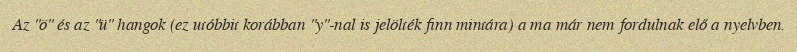
Az "ö" és az "ü" hangok (ez utóbbit korábban "y"-nal is jelölték finn mintára) a ma már nem fordulnak elő a nyelvben.